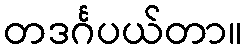
တဒင်္ဂပယ်တာ။